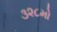
૩૨૮મો